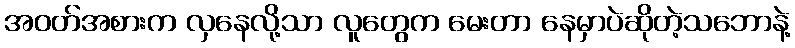
အဝတ်အစားက လှနေလို့သာ လူတွေက မေးတာ နေမှာပဲဆိုတဲ့သဘောနဲ့